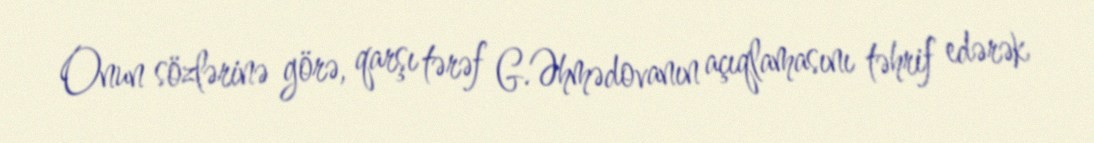
Onun sözlərinə görə, qarşı tərəf G.Əhmədovanın açıqlamasını təhrif edərək